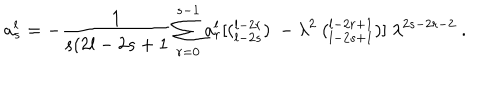
a _ { s } ^ { l } = - \frac { 1 } { s ( 2 l - 2 s + 1 } \sum _ { r = 0 } ^ { s - 1 } a _ { r } ^ { l } [ ( { } _ { l - 2 s } ^ { l - 2 r } ) \ - { \lambda } ^ { 2 } \ ( { } _ { l - 2 s + 1 } ^ { l - 2 r + 1 } ) ] \ \lambda ^ { 2 s - 2 r - 2 } \ .